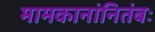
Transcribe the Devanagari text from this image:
मामकानांनितंबः